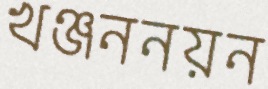
খঞ্জননয়ন